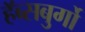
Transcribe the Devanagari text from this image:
हॅब्सबुर्गो